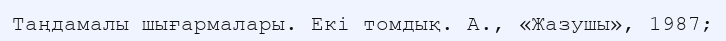
Таңдамалы шығармалары. Екі томдық. А., «Жазушы», 1987;